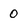
Character: 0